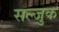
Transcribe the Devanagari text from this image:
सल्जुक